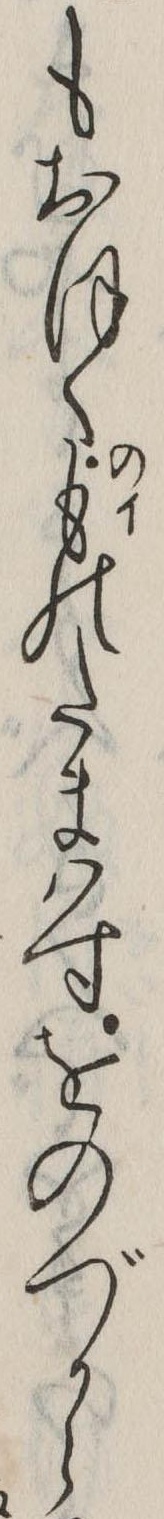
もおほくものたまはすをのづから